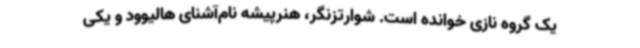
یک گروه نازی خوانده است. شوارتزنگر، هنرپیشه نام‌آشنای هالیوود و یکی